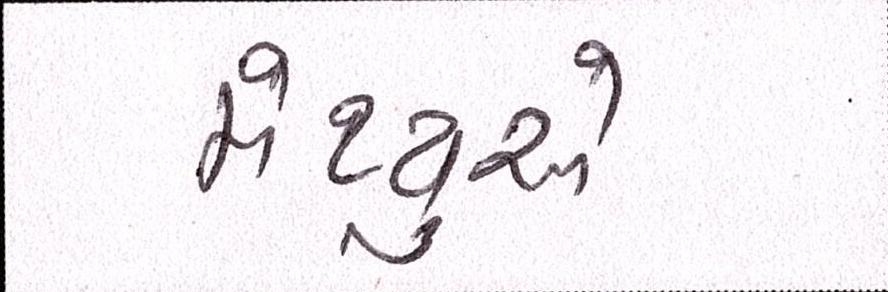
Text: મેથ્યુએ